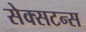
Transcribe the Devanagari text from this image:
सेक्सटन्स